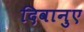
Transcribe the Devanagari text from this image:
दिवानुए